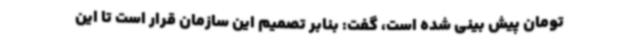
تومان پیش بینی شده است، گفت: بنابر تصمیم این سازمان قرار است تا این